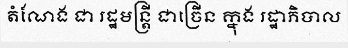
តំណែង ជា រដ្ឋមន្ត្រី ជាច្រើន ក្នុង រដ្ឋាភិបាល